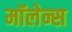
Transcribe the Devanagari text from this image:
मॉलेन्स